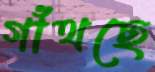
গাঁথছে